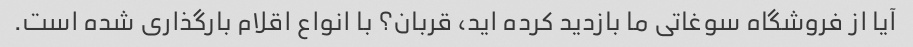
آیا از فروشگاه سوغاتی ما بازدید کرده اید، قربان؟ با انواع اقلام بارگذاری شده است.